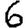
Digit: 6